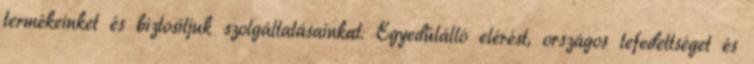
termékeinket és biztosítjuk szolgáltatásainkat. Egyedülálló elérést, országos lefedettséget és